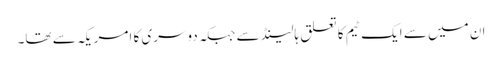
ان میں سے ایک ٹیم کا تعلق ہالینڈ سے جبکہ دوسری کا امریکہ سے تھا۔